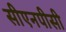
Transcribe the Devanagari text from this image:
सीएनपीसी